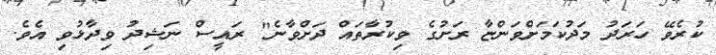
ކުރެވޭ ހަރަދު މަދުކަމަށްވަންޏާ ރަށުގެ ވިކުރާތައް ދަށްވާނެ" ރައީސް ނަޝިދު ވިދާޅުވި އެވެ.